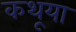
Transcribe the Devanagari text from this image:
कथूया